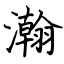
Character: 瀚